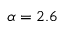
\alpha = 2 . 6